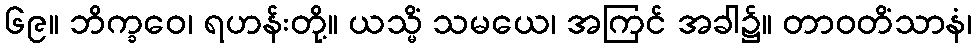
၆၉။ ဘိက္ခဝေ၊ ရဟန်းတို့။ ယသ္မိံ သမယေ၊ အကြင် အခါ၌။ တာဝတိံသာနံ၊